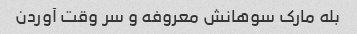
بله مارک سوهانش معروفه و سر وقت آوردن